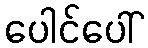
ပေါင်ပေါ်